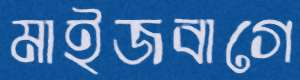
মাইজবাগে